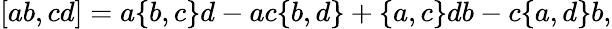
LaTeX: [ab,cd]=a\{ b,c\} d-ac\{ b,d\} +\{ a,c\} db-c\{ a,d\} b,